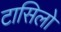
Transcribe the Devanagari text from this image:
टासिलो